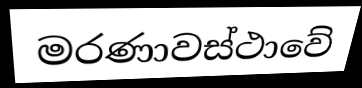
මරණාවස්ථාවේ